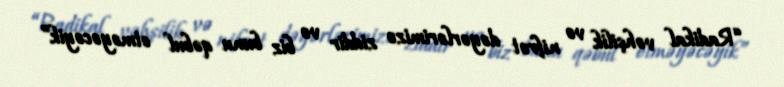
“Radikal vəhşilik və nifrət dəyərlərimizə ziddir və biz bunu qəbul etməyəcəyik”